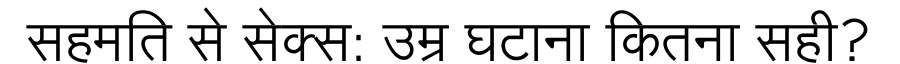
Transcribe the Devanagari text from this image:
सहमति से सेक्स: उम्र घटाना कितना सही?